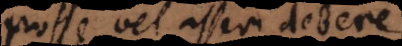
posse vel asseri debere.